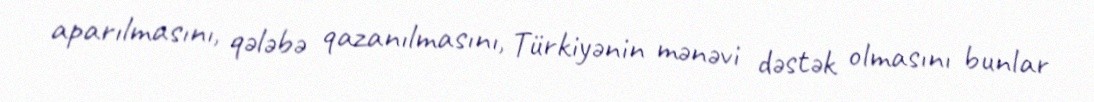
aparılmasını, qələbə qazanılmasını, Türkiyənin mənəvi dəstək olmasını bunlar